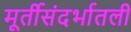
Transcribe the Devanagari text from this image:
मूर्तीसंदर्भातली